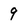
Character: 9